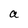
Character: a